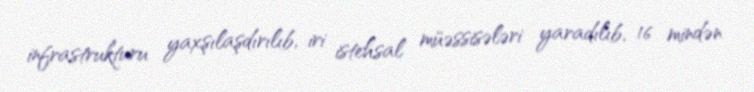
infrastrukturu yaxşılaşdırılıb, iri istehsal müəssisələri yaradılıb, 16 mindən